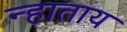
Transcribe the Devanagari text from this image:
न्हाताय